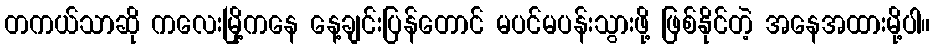
တကယ်သာဆို ကလေးမြို့ကနေ နေ့ချင်းပြန်တောင် မပင်မပန်းသွားဖို့ ဖြစ်နိုင်တဲ့ အနေအထားမို့ပါ။